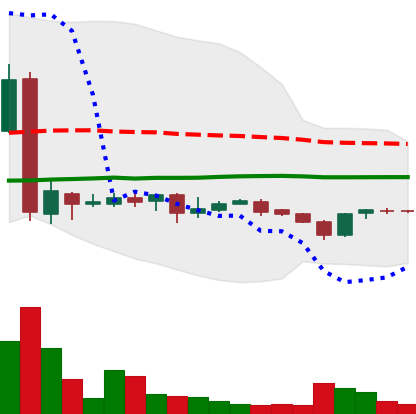
Ticker: LTC-USD
Chart end date: 2017-01-29
Forward return: 5.983%
Label: up_5_7